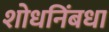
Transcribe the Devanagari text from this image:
शोधनिंबधा